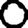
Digit: 0